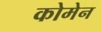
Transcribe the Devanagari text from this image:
कोमेन